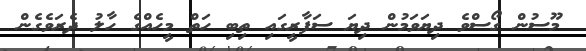
މޫސުން ގޯސްވެ ދިޔަވަމުން ދިޔަ ސަފާރީގައި ތިބި ހަތް މީހެއްގެ ހާލު ދެރަވެގެން